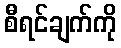
စီရင်ချက်ကို